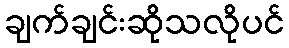
ချက်ချင်းဆိုသလိုပင်